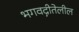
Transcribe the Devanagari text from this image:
भगवद्गीतेलील